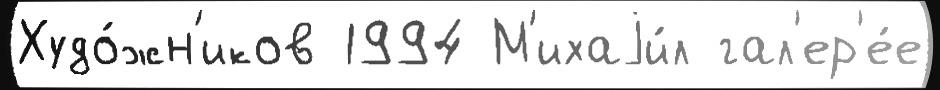
Худо́жн'иков 1994 М'ихаjи́л гал'ер'е́е